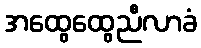
အထွေထွေညီလာခံ